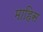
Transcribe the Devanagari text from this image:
माहिस